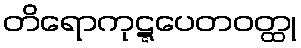
တိရောကုဋ္ဋပေတဝတ္ထု